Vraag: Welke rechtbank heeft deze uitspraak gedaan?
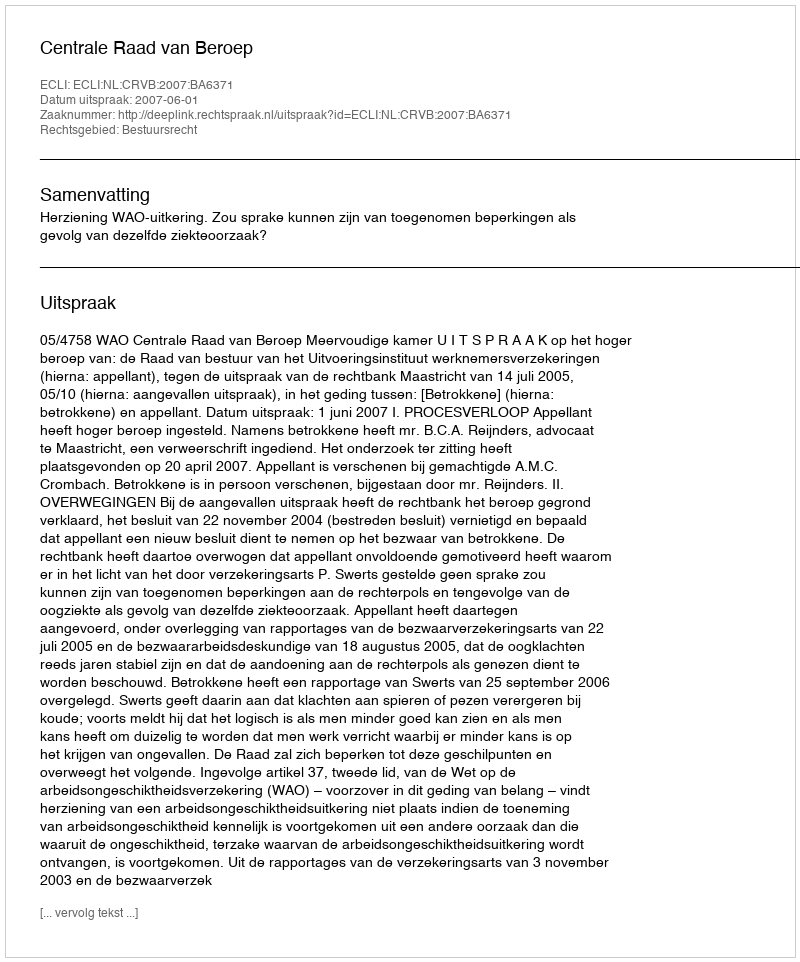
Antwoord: Centrale Raad van Beroep